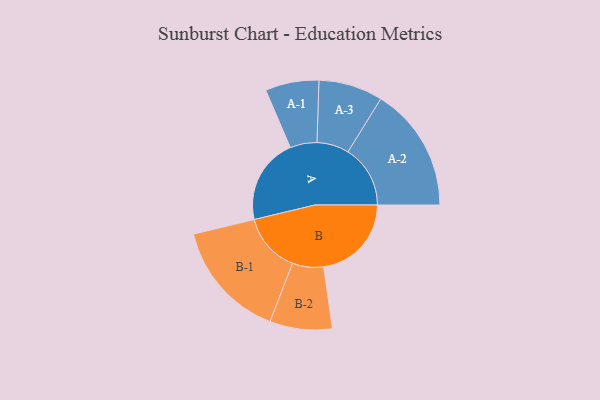
{"axis": {"x": "Segment", "y": "Value"}, "legend": ["", "A", "B"], "data": [{"x": "A", "y": 375, "type": ""}, {"x": "B", "y": 383, "type": ""}, {"x": "A-1", "y": 117, "type": "A"}, {"x": "A-2", "y": 272, "type": "A"}, {"x": "A-3", "y": 140, "type": "A"}, {"x": "B-1", "y": 259, "type": "B"}, {"x": "B-2", "y": 136, "type": "B"}]}